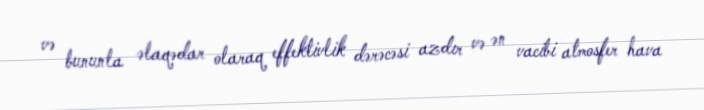
və bununla əlaqədar olaraq effektivlik dərəcəsi azdır və ən vacibi atmosfer hava